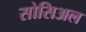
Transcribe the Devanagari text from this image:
सोसिअल